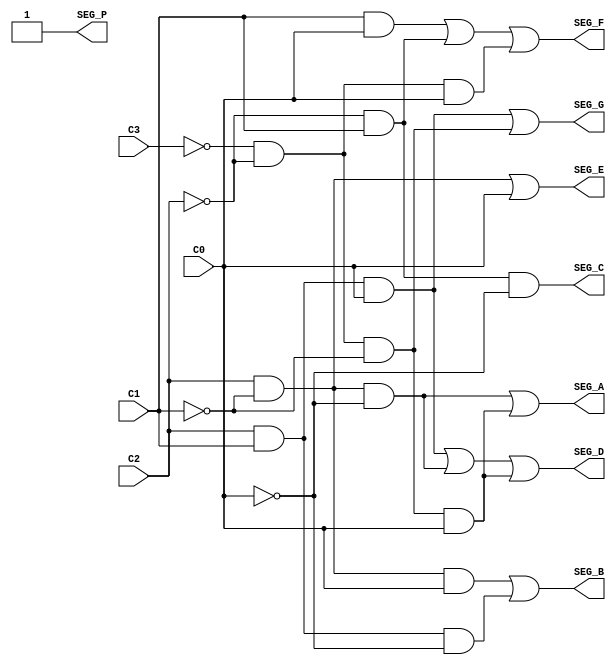
//Modulo Decodificador de 3 visualizacoes do display

module decode(C3, C2, C1, C0, SEG_A, SEG_B, SEG_C, SEG_D, SEG_E, SEG_F, SEG_G, SEG_P);

input C3, C2, C1, C0; // Entradas para o decodificador contador 9 - 0
output SEG_A, SEG_B, SEG_C, SEG_D, SEG_E, SEG_F, SEG_G, SEG_P;

// Entradas negadas
wire C0n, C1n, C2n, C3n;
not Not0(C0n, C0);
not Not1(C1n, C1);
not Not2(C2n, C2);
not Not3(C3n, C3);

// Fios intermediarios
wire SegA1, SegA2;
wire SegB1, SegB2;
wire SegD1;
wire SegE1;
wire SegF1, SegF2, SegF3;
wire SegG1, SegG2;

//SEGMENTO A

and And0(SegA1, C2,C1n,C0n);
and And1(SegA2, C3n, C2n, C1n, C0);
or Or0(SEG_A, SegA1, SegA2);

//SEGMENTO B

and And2(SegB1, C2, C1n, C0);
and And11(SegB2, C2, C1, C0n);
or Or1(SEG_B, SegB1, SegB2);

//SEGMENTO C

and And3(SEG_C, C2n, C1, C0n);

//SEGMENTO D

and And4(SegD1, C2, C1, C0);
or Or2(SEG_D, SegD1, SegA1, SegA2);

//SEGMENTO E

and And6(SegE1, C2, C1n);
or Or3(SEG_E, SegE1, C0);

//SEGMENTO F

and And7(SegF1, C1, C0);
and And8(SegF2, C2n, C1);
and And9(SegF3, C3n, C2n, C0);
or Or4(SEG_F, SegF1, SegF2, SegF3);

//SEGMENTO G

and And10(SegG1, C3n, C2n, C1n);
or Or5(SEG_G, SegD1, SegG1);

//SEGMENTO P

not (SEG_P, 0);

endmodule